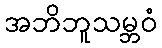
အဘိဘူသမ္ဘဝံ